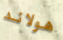
هولاند